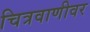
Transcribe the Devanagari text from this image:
चित्रवाणीवर